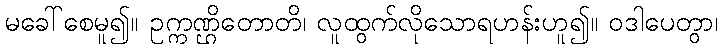
မခေါ်စေမူ၍။ ဥက္ကဏ္ဌိတောတိ၊ လူထွက်လိုသောရဟန်းဟူ၍။ ဝဒါပေတွာ၊